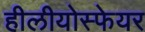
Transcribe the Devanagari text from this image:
हीलीयोस्फेयर